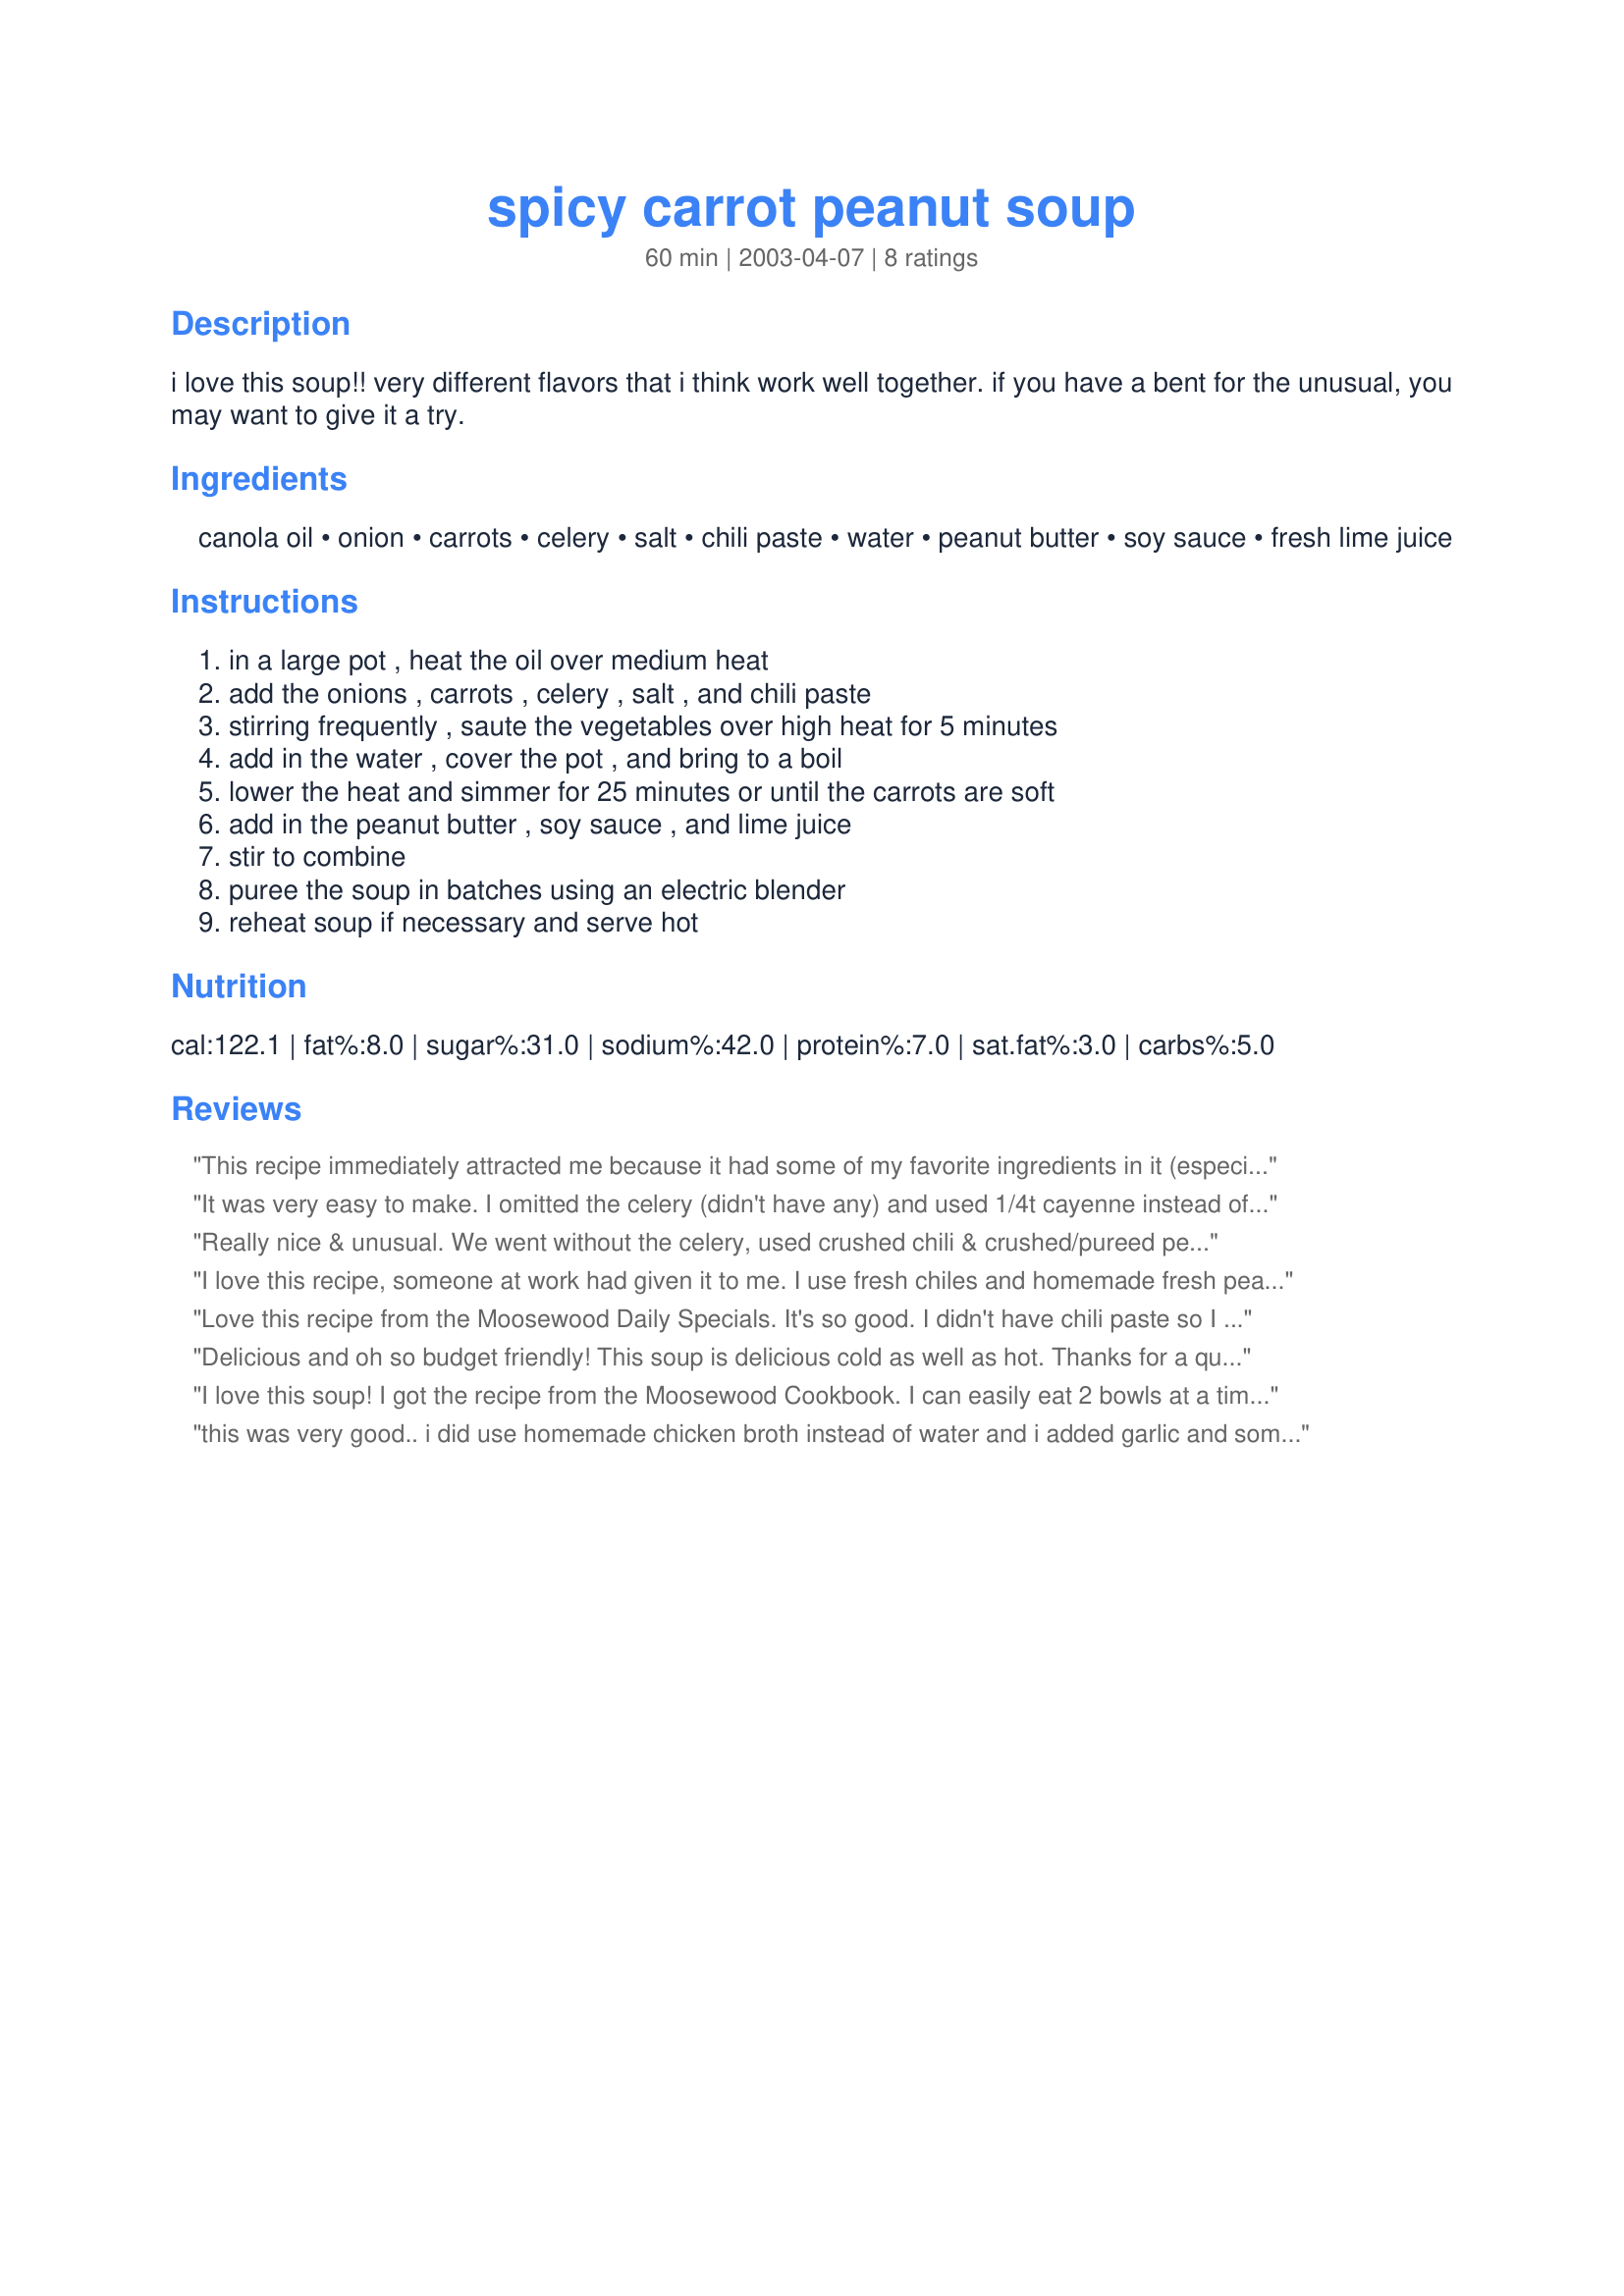
spicy carrot peanut soup
Preparation time: 60 minutes

i love this soup!! very different flavors that i think work well together. if you have a bent for the unusual, you may want to give it a try.

Ingredients:
canola oil, onion, carrots, celery, salt, chili paste, water, peanut butter, soy sauce, fresh lime juice

Steps:
in a large pot , heat the oil over medium heat, add the onions , carrots , celery , salt , and chili paste, stirring frequently , saute the vegetables over high heat for 5 minutes, add in the water , cover the pot , and bring to a boil, lower the heat and simmer for 25 minutes or until the carrots are soft, add in the peanut butter , soy sauce , and lime juice, stir to combine, puree the soup in batches using an electric blender, reheat soup if necessary and serve hot

Reviews:
This recipe immediately attracted me because it had some of my favorite ingredients in it (especially the chili paste). I had no peanut butter but wanted a peanutty taste so I took a slightly different approach. I chopped all the veggies, and cooked them as described then added a handful of regular peanuts into the soup and let them cook in the soup. I then blended everything just to puree smooth the nuts. The resulting taste and texture was outstanding. Thanks for the inspiration
It was very easy to make. I omitted the celery (didn't have any) and used 1/4t cayenne instead of chili paste. It tasted great but it called for way too much water. I put in 4c water and realized that it would be really thin once pureed so I added 1 lg potato to fill it out a bit. I turned out great though. I might add the potato again next time.
Really nice & unusual.
We went without the celery, used crushed chili & crushed/pureed peanuts.
We might add a potato with the carrots next time, too.
I love this recipe, someone at work had given it to me. I use fresh chiles and homemade fresh peanut butter. The taste is amazing although it sounds very weird. The peanut butter makes it filling with a great combo of tastes- sweet, salty and spicy. MMMMM
Love this recipe from the Moosewood Daily Specials. It's so good. I didn't have chili paste so I used 2 cloves of garlic a habanero pepper. My husband, who loves things spicy, really loves it. Thanks for posting.
Delicious and oh so budget friendly! This soup is delicious cold as well as hot. Thanks for a quick, delicious and healthy recipe.
I love this soup! I got the recipe from the Moosewood Cookbook. I can easily eat 2 bowls at a time and have to stop myself from eating more. Fortunately, it's pretty good for you. I like the extra flavor of chicken broth so I use broth in place of water, which renders it non-vegetarian, however.
this was very good.. i did use homemade chicken broth instead of water and i added garlic and some ginger and some chili lime spice. Definitley will make this again!
